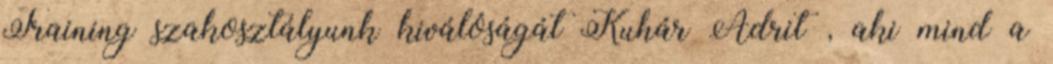
Training szakosztályunk kiválóságát Kuhár Adrit , aki mind a